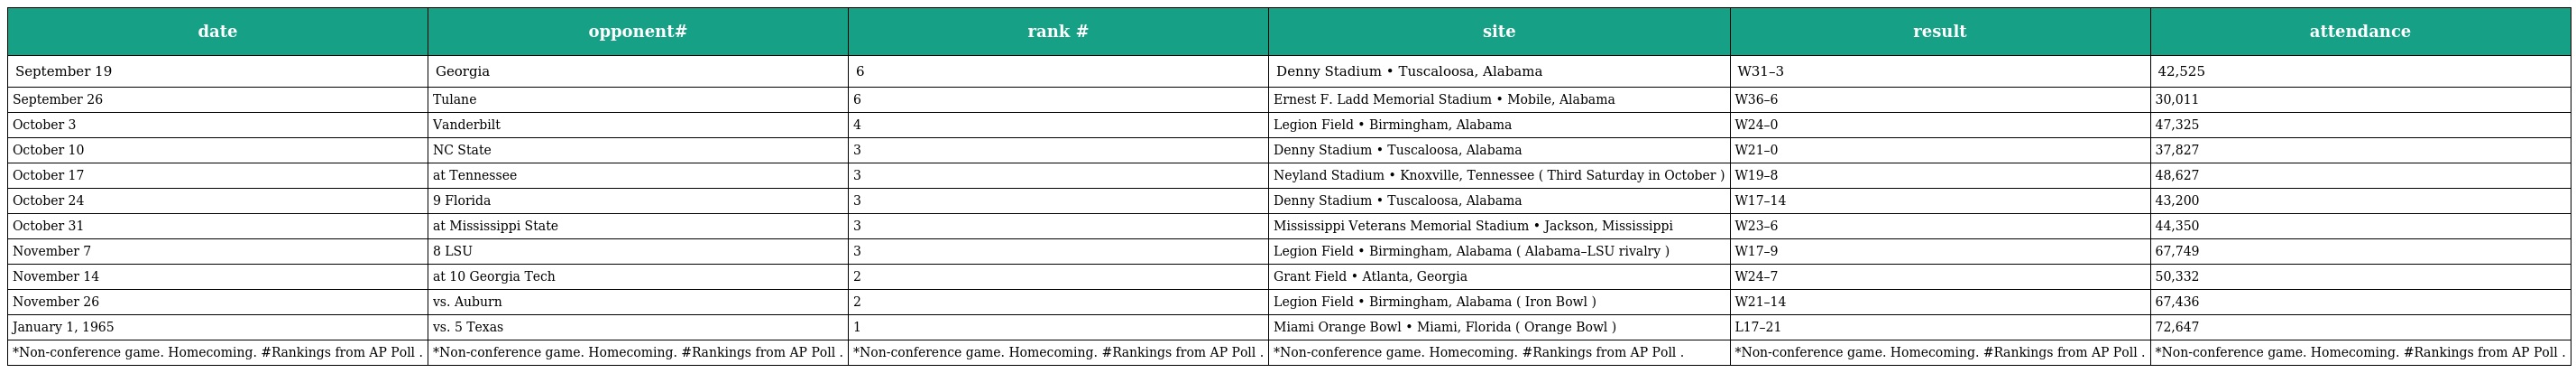
| date | opponent# | rank # | site | result | attendance |
 | --- | --- | --- | --- | --- | --- |
 | September 19 | Georgia | 6 | Denny Stadium • Tuscaloosa, Alabama | W31–3 | 42,525 |
 | September 26 | Tulane | 6 | Ernest F. Ladd Memorial Stadium • Mobile, Alabama | W36–6 | 30,011 |
 | October 3 | Vanderbilt | 4 | Legion Field • Birmingham, Alabama | W24–0 | 47,325 |
 | October 10 | NC State | 3 | Denny Stadium • Tuscaloosa, Alabama | W21–0 | 37,827 |
 | October 17 | at Tennessee | 3 | Neyland Stadium • Knoxville, Tennessee ( Third Saturday in October ) | W19–8 | 48,627 |
 | October 24 | 9 Florida | 3 | Denny Stadium • Tuscaloosa, Alabama | W17–14 | 43,200 |
 | October 31 | at Mississippi State | 3 | Mississippi Veterans Memorial Stadium • Jackson, Mississippi | W23–6 | 44,350 |
 | November 7 | 8 LSU | 3 | Legion Field • Birmingham, Alabama ( Alabama–LSU rivalry ) | W17–9 | 67,749 |
 | November 14 | at 10 Georgia Tech | 2 | Grant Field • Atlanta, Georgia | W24–7 | 50,332 |
 | November 26 | vs. Auburn | 2 | Legion Field • Birmingham, Alabama ( Iron Bowl ) | W21–14 | 67,436 |
 | January 1, 1965 | vs. 5 Texas | 1 | Miami Orange Bowl • Miami, Florida ( Orange Bowl ) | L17–21 | 72,647 |
 | *Non-conference game. Homecoming. #Rankings from AP Poll . | *Non-conference game. Homecoming. #Rankings from AP Poll . | *Non-conference game. Homecoming. #Rankings from AP Poll . | *Non-conference game. Homecoming. #Rankings from AP Poll . | *Non-conference game. Homecoming. #Rankings from AP Poll . | *Non-conference game. Homecoming. #Rankings from AP Poll . |